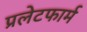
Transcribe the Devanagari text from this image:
प्रलेटफार्म